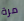
مرة